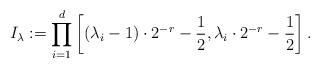
LaTeX: \begin{align*} I_\lambda := \prod_{i=1}^d \left[ (\lambda_i - 1) \cdot 2^{-r}-\frac{1}{2}, \lambda_i \cdot 2^{-r} - \frac{1}{2} \right].\end{align*}